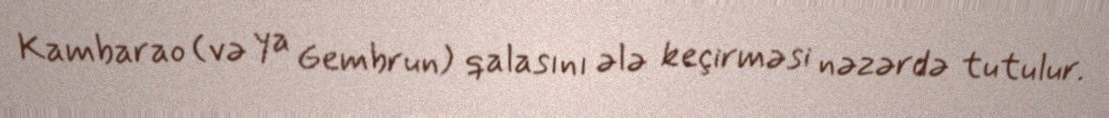
Kambarao (və ya Gembrun) qalasını ələ keçirməsi nəzərdə tutulur.